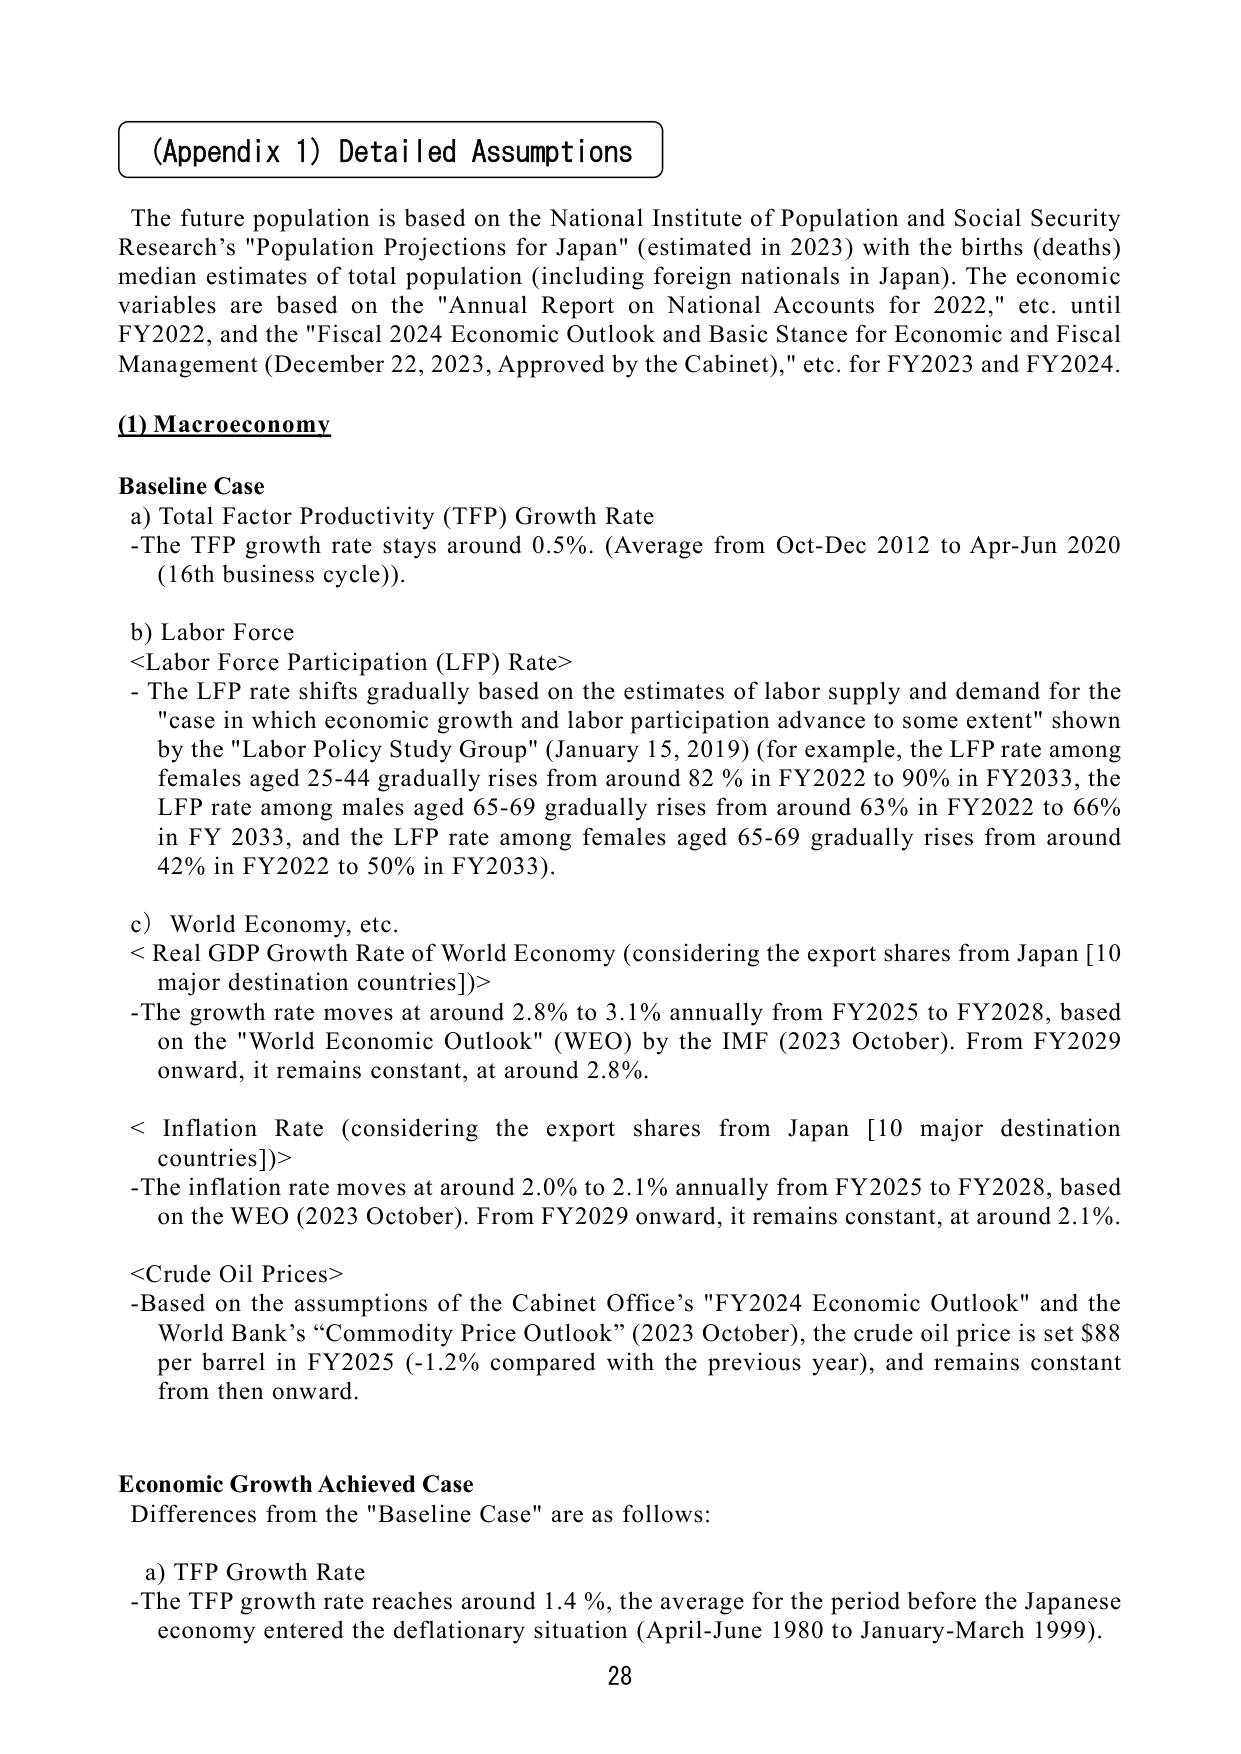
(Appendix 1) Detailed Assumptions

The future population is based on the National Institute of Population and Social Security Research's "Population Projections for Japan" (estimated in 2023) with the births (deaths) median estimates of total population (including foreign nationals in Japan). The economic variables are based on the "Annual Report on National Accounts for 2022," etc. until FY2022, and the "Fiscal 2024 Economic Outlook and Basic Stance for Economic and Fiscal Management (December 22, 2023, Approved by the Cabinet)," etc. for FY2023 and FY2024.

(1) Macroeconomy

Baseline Case
a) Total Factor Productivity (TFP) Growth Rate
- The TFP growth rate stays around 0.5%. (Average from Oct-Dec 2012 to Apr-Jun 2020 (16th business cycle)).

b) Labor Force
<Labor Force Participation (LFP) Rate>
- The LFP rate shifts gradually based on the estimates of labor supply and demand for the "case in which economic growth and labor participation advance to some extent" shown by the "Labor Policy Study Group" (January 15, 2019) (for example, the LFP rate among females aged 25-44 gradually rises from around 82 % in FY2022 to 90% in FY2033, the LFP rate among males aged 65-69 gradually rises from around 63% in FY2022 to 66% in FY 2033, and the LFP rate among females aged 65-69 gradually rises from around 42% in FY2022 to 50% in FY2033).

c) World Economy, etc.
< Real GDP Growth Rate of World Economy (considering the export shares from Japan [10 major destination countries])>
- The growth rate moves at around 2.8% to 3.1% annually from FY2025 to FY2028, based on the "World Economic Outlook" (WEO) by the IMF (2023 October). From FY2029 onward, it remains constant, at around 2.8%.

< Inflation Rate (considering the export shares from Japan [10 major destination countries])>
- The inflation rate moves at around 2.0% to 2.1% annually from FY2025 to FY2028, based on the WEO (2023 October). From FY2029 onward, it remains constant, at around 2.1%.

<Crude Oil Prices>
- Based on the assumptions of the Cabinet Office’s "FY2024 Economic Outlook" and the World Bank’s “Commodity Price Outlook” (2023 October), the crude oil price is set $88 per barrel in FY2025 (-1.2% compared with the previous year), and remains constant from then onward.

Economic Growth Achieved Case
Differences from the "Baseline Case" are as follows:
a) TFP Growth Rate
- The TFP growth rate reaches around 1.4 %, the average for the period before the Japanese economy entered the deflationary situation (April-June 1980 to January-March 1999).

28